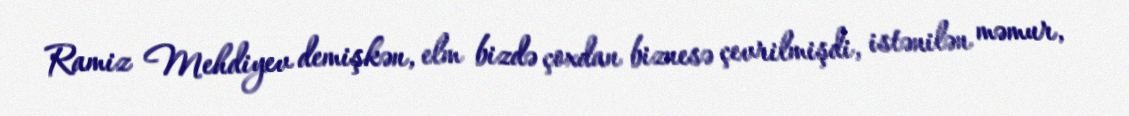
Ramiz Mehdiyev demişkən, elm bizdə çoxdan biznesə çevrilmişdi, istənilən məmur,